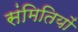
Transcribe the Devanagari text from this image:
संमितियों